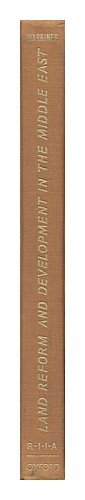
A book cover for Land Reform and Development in the Middle East: A Study of Egypt, Syria and Iraq; Doreen Warriner; Travel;